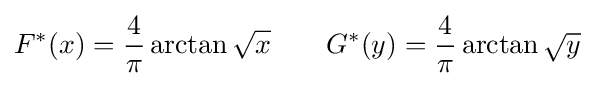
F^{*}(x)={\frac {4}{\pi }}\arctan {\sqrt {x}}\qquad G^{*}(y)={\frac {4}{\pi }}\arctan {\sqrt {y}}